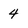
Character: 4